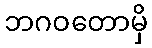
ဘဂဝတောမှိ